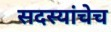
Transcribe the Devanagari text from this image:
सदस्यांचेच